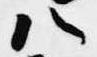
八